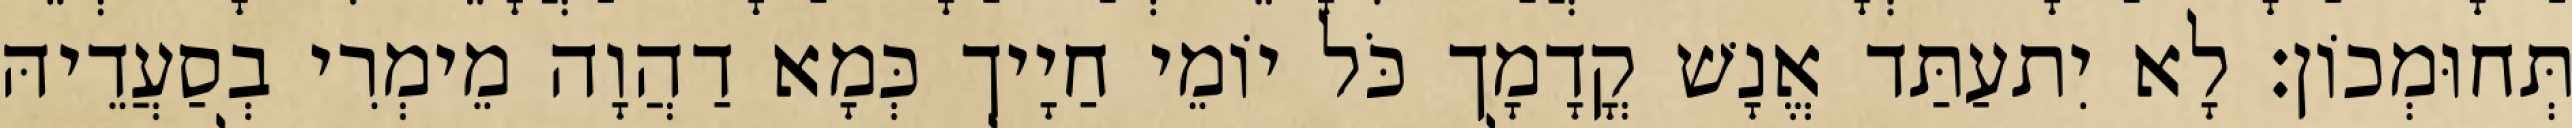
תְּחוּמְכוֹן׃ לָא יִתעַתַּד אֱנָשׁ קֳדָמָך כֹּל יוֹמֵי חַיָיך כְּמָא דַהֲוָה מֵימְרִי בְסַעֲדֵיהּ